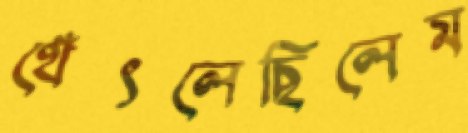
থেঁৎলেছিলেম